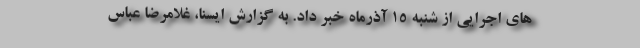
های اجرایی از شنبه ۱۵ آذرماه خبر داد. به گزارش ایسنا، غلامرضا عباس